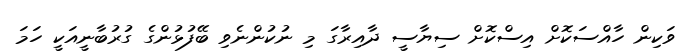
ވަކިން ހާއްސަކޮށް އިސްކޮށް ސިޔާސީ ދާއިރާގަ މި ނުކުންނެވި ބޭފުޅުންގެ ގުރުބާނީއަކީ ހަމަ